65_HS1-834228961_62-HQ-83894_Section_1
Agency: FBI
Page 164
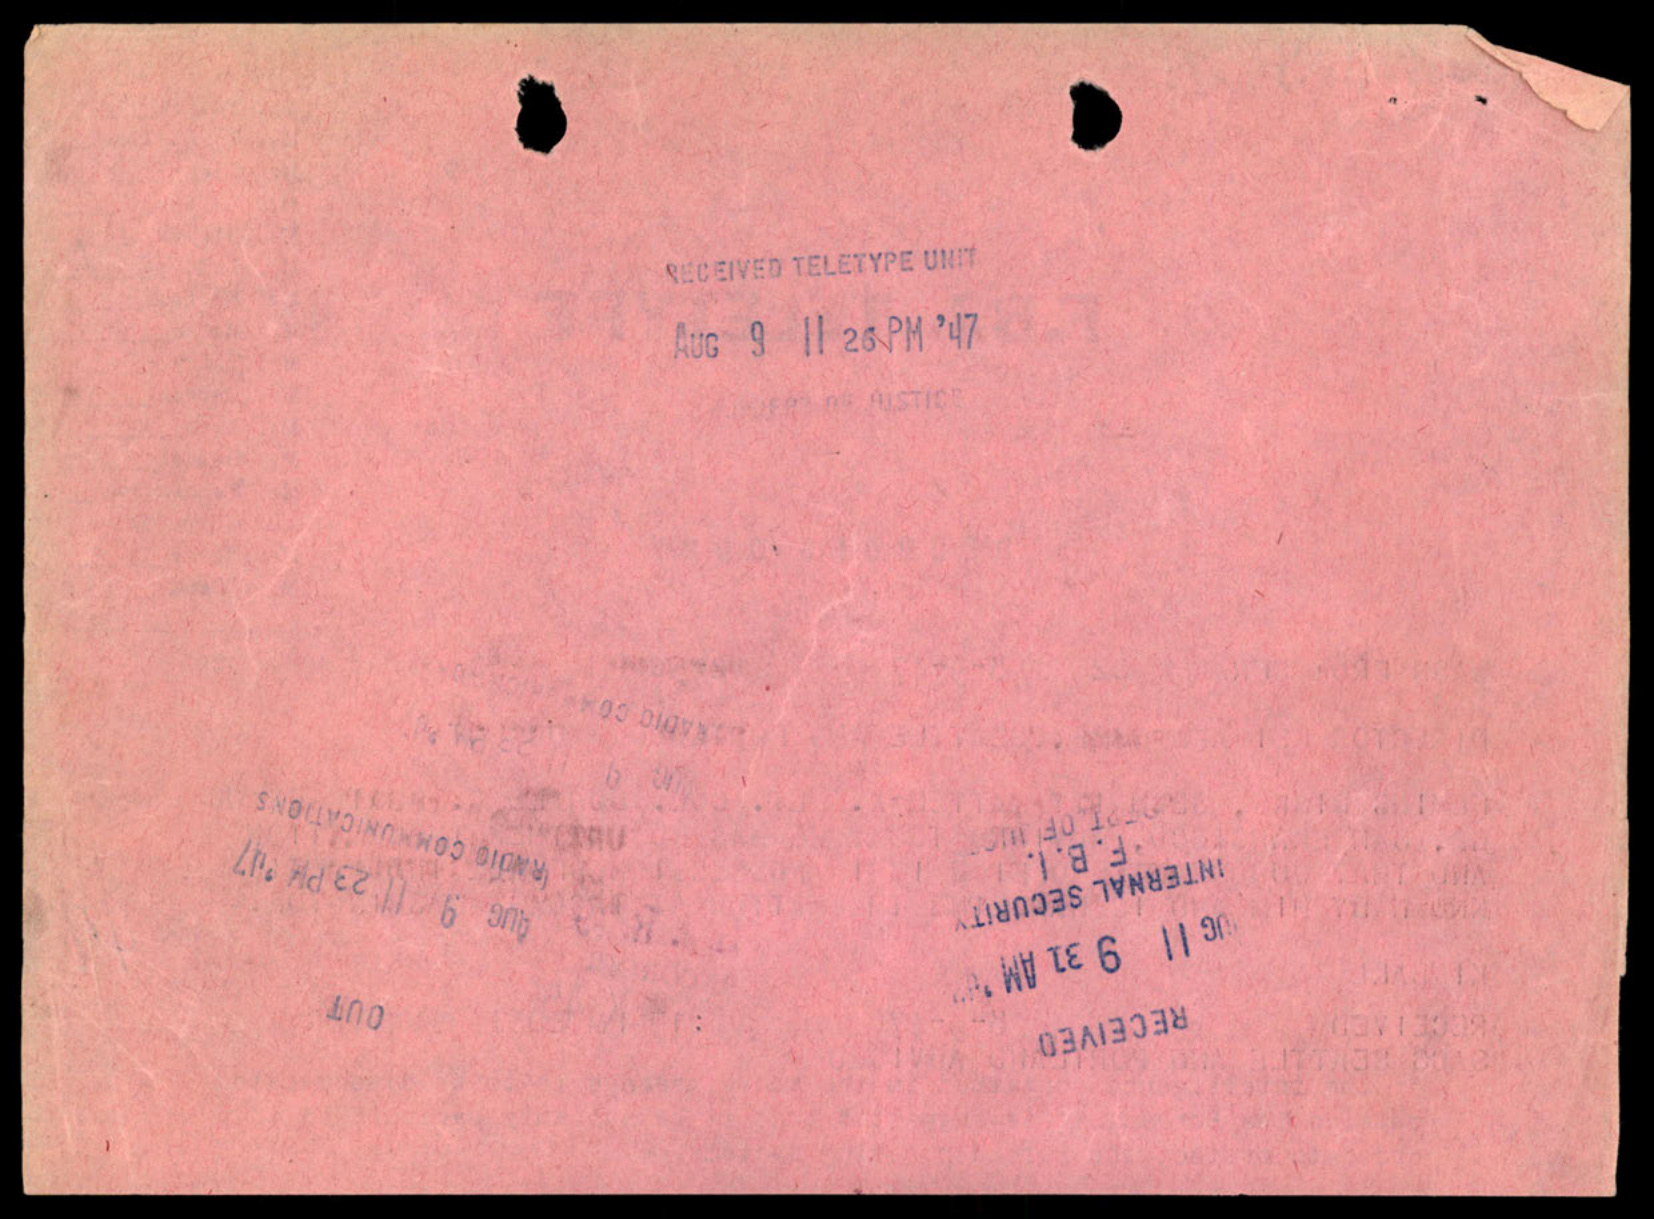